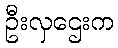
ဦးလှဌေးက